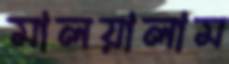
মালয়ালাম